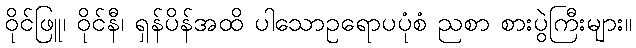
ဝိုင်ဖြူ၊ ဝိုင်နီ၊ ရှန်ပိန်အထိ ပါသောဥရောပပုံစံ ညစာ စားပွဲကြီးများ။